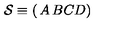
{ \cal S } \equiv \left( \begin{matrix} { A } & { B } \\ { C } & { D } \\ \end{matrix} \right)